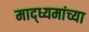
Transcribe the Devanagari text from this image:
माद्ध्यमांच्या